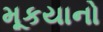
મૂકયાનો